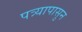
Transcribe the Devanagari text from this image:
पत्र्यापासुन